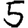
Digit: 5